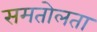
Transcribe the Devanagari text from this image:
समतोलता